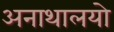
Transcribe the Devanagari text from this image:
अनाथालयो